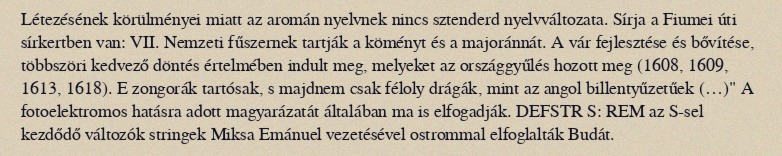
Létezésének körülményei miatt az aromán nyelvnek nincs sztenderd nyelvváltozata. Sírja a Fiumei úti sírkertben van: VII. Nemzeti fűszernek tartják a köményt és a majoránnát. A vár fejlesztése és bővítése, többszöri kedvező döntés értelmében indult meg, melyeket az országgyűlés hozott meg (1608, 1609, 1613, 1618). E zongorák tartósak, s majdnem csak féloly drágák, mint az angol billentyűzetűek (…)" A fotoelektromos hatásra adott magyarázatát általában ma is elfogadják. DEFSTR S: REM az S-sel kezdődő változók stringek Miksa Emánuel vezetésével ostrommal elfoglalták Budát.